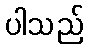
ပါသည်